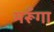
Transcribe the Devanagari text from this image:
मरूँगा